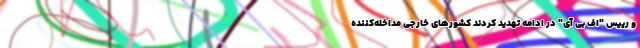
و رییس "اف بی آی" در ادامه تهدید کردند کشورهای خارجی مداخله‌کننده